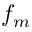
f _ { m }